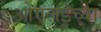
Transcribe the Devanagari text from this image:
ओएलईच्या